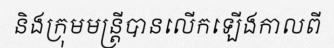
និងក្រុមមន្ត្រីបានលើកឡើងកាលពី